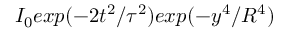
I _ { 0 } e x p ( - 2 t ^ { 2 } / \tau ^ { 2 } ) e x p ( - y ^ { 4 } / R ^ { 4 } )